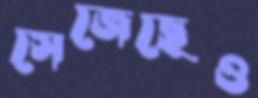
সেজেছেও